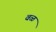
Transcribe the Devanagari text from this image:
वळ